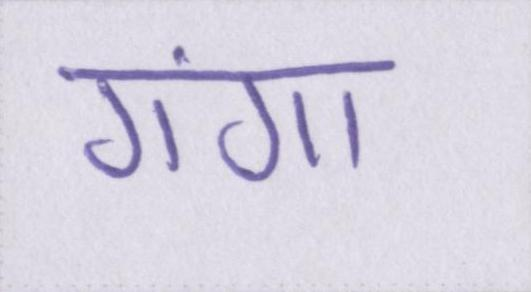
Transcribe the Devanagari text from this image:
गंगा